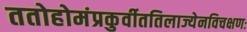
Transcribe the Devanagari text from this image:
ततोहोमंप्रकुर्वीततिलाज्येनविचक्षणः